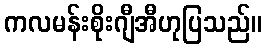
ကလမန်းစိုးဂျီအီဟုပြသည်။